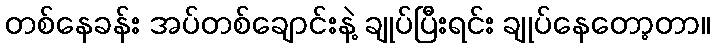
တစ်နေခန်း အပ်တစ်ချောင်းနဲ့ ချုပ်ပြီးရင်း ချုပ်နေတော့တာ။